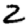
Digit: 2